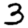
Digit: 3